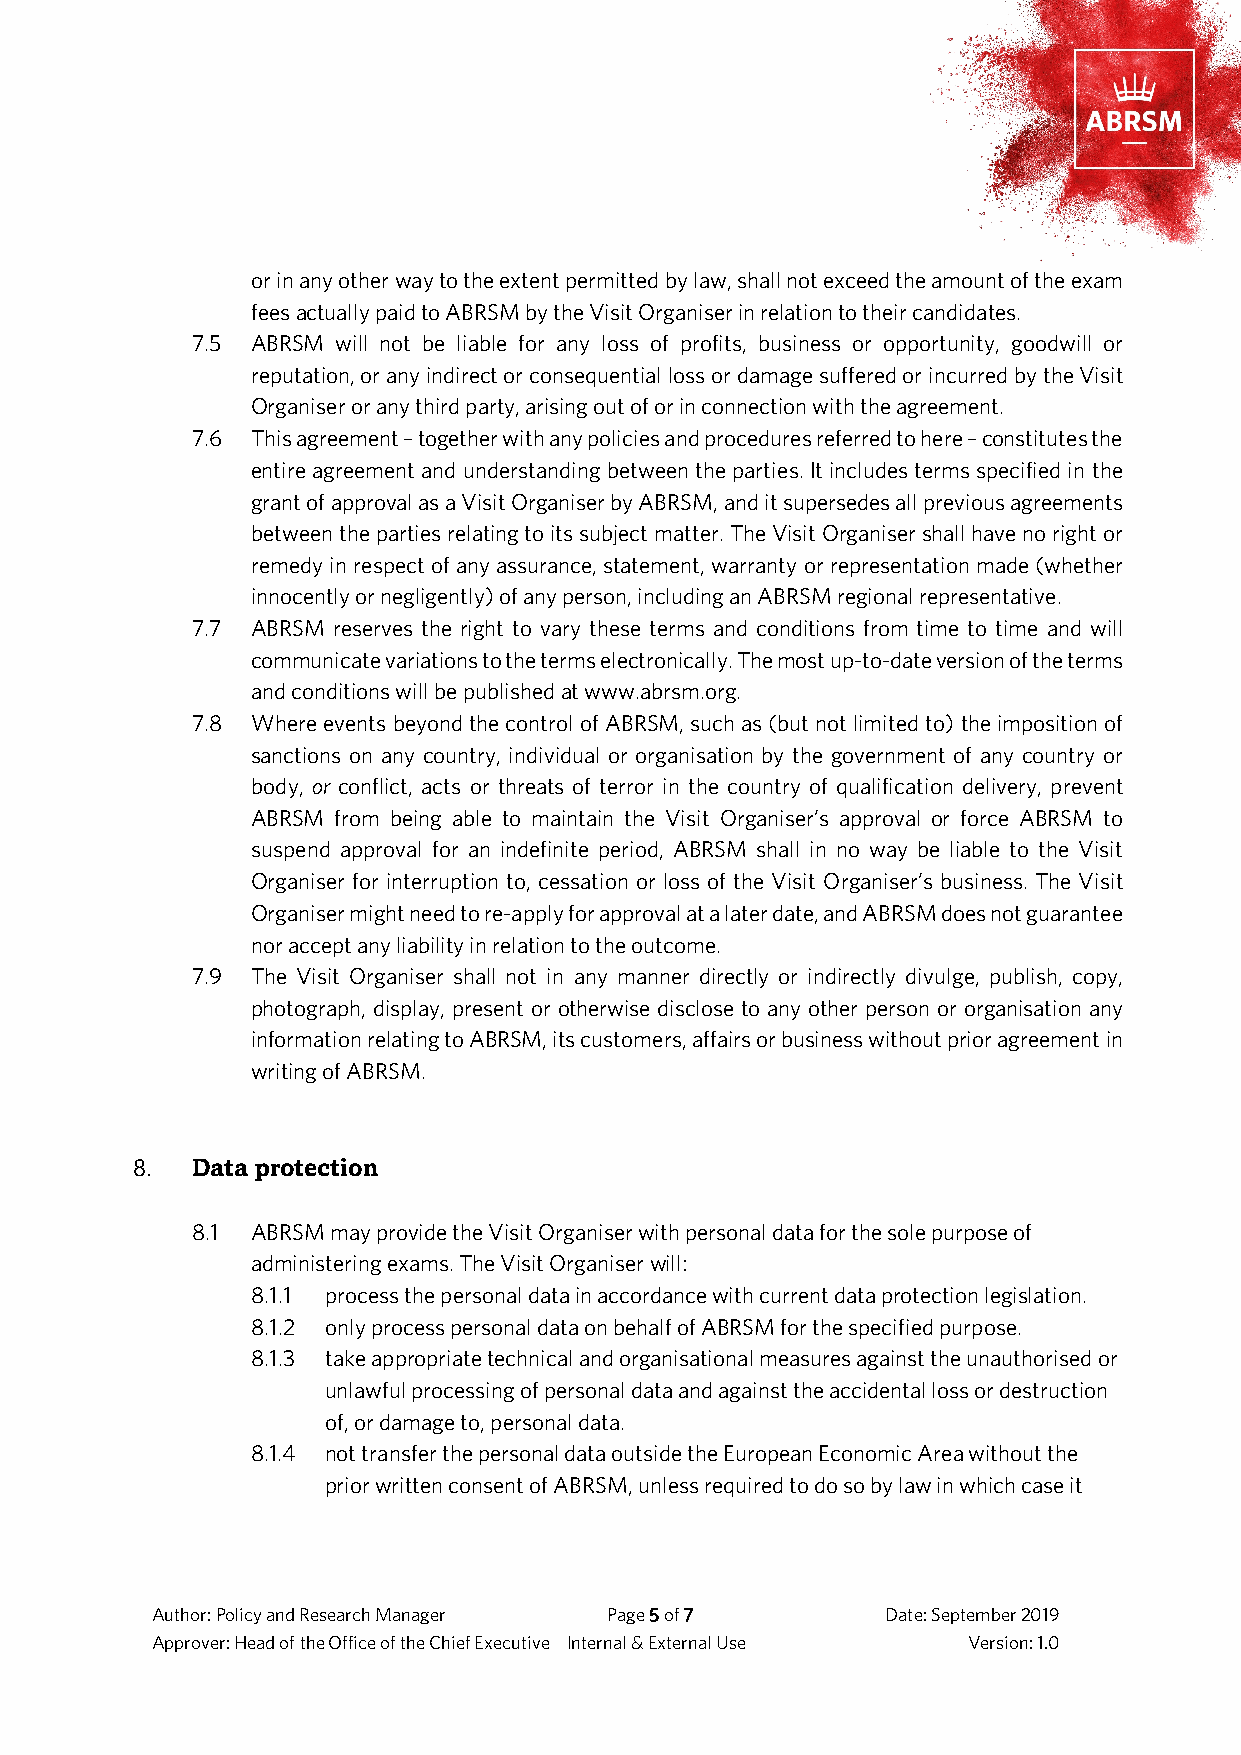
or in any other way to the extent permitted by law, shall not exceed the amount of the exam
 fees actually paid to ABRSM by the Visit Organiser in relation to their candidates.
 7.5 ABRSM will not be liable for any loss of profits, business or opportunity, goodwill or
 reputation, or any indirect or consequential loss or damage suffered or incurred by the Visit
 Organiser or any third party, arising out of or in connection with the agreement.
 7.6 This agreement – together with any policies and procedures referred to here – constitutes the
 entire agreement and understanding between the parties. It includes terms specified in the
 grant of approval as a Visit Organiser by ABRSM, and it supersedes all previous agreements
 between the parties relating to its subject matter. The Visit Organiser shall have no right or
 remedy in respect of any assurance, statement, warranty or representation made (whether
 innocently or negligently) of any person, including an ABRSM regional representative.
 7.7 ABRSM reserves the right to vary these terms and conditions from time to time and will
 communicate variations to the terms electronically. The most up-to-date version of the terms
 and conditions will be published at www.abrsm.org.
 7.8 Where events beyond the control of ABRSM, such as (but not limited to) the imposition of
 sanctions on any country, individual or organisation by the government of any country or
 body, or conflict, acts or threats of terror in the country of qualification delivery, prevent
 ABRSM from being able to maintain the Visit Organiser’s approval or force ABRSM to
 suspend approval for an indefinite period, ABRSM shall in no way be liable to the Visit
 Organiser for interruption to, cessation or loss of the Visit Organiser’s business. The Visit
 Organiser might need to re-apply for approval at a later date, and ABRSM does not guarantee
 nor accept any liability in relation to the outcome.
 7.9 The Visit Organiser shall not in any manner directly or indirectly divulge, publish, copy,
 photograph, display, present or otherwise disclose to any other person or organisation any
 information relating to ABRSM, its customers, affairs or business without prior agreement in
 writing of ABRSM.
 8.  Data protection
 8.1 ABRSM may provide the Visit Organiser with personal data for the sole purpose of
 administering exams. The Visit Organiser will:
 8.1.1 process the personal data in accordance with current data protection legislation.
 8.1.2 only process personal data on behalf of ABRSM for the specified purpose.
 8.1.3 take appropriate technical and organisational measures against the unauthorised or
 unlawful processing of personal data and against the accidental loss or destruction
 of, or damage to, personal data.
 8.1.4 not transfer the personal data outside the European Economic Area without the
 prior written consent of ABRSM, unless required to do so by law in which case it
 Author: Policy and Research Manager Page 5 of 7  Date: September 2019
 Approver: Head of the Office of the Chief Executive Internal & External Use Version: 1.0